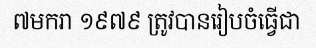
៧មករា ១៩៧៩ ត្រូវបានរៀបចំធ្វើជា